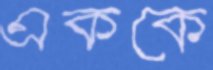
এককে